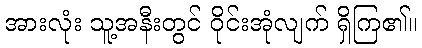
အားလုံး သူ့အနီးတွင် ဝိုင်းအုံလျက် ရှိကြ၏။